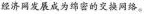
经济网发展成为绵密的交换网络。